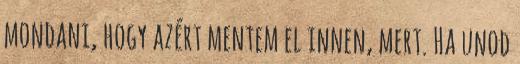
mondani, hogy azért mentem el innen, mert. Ha unod